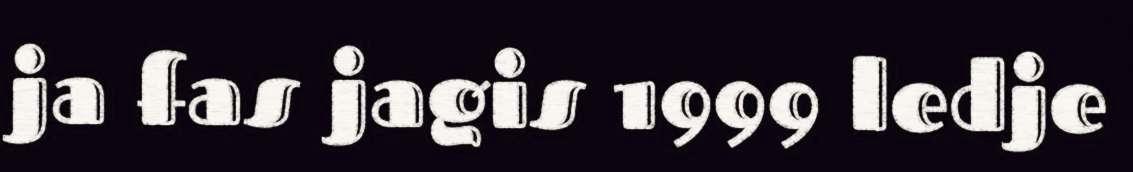
ja fas jagis 1999 ledje